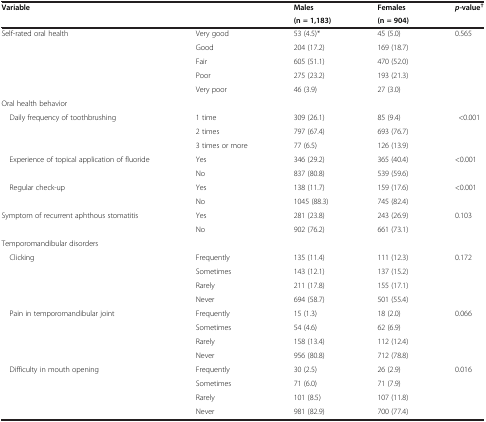
<table><thead><tr><td><b>Variable</b></td><td>[EMPTY_CELL]</td><td><b>Males</b></td><td><b>Females</b></td><td><b><i>p-</i>value<sup>†</sup></b></td></tr><tr><td>[EMPTY_CELL]</td><td>[EMPTY_CELL]</td><td><b>(n = 1,183)</b></td><td><b>(n = 904)</b></td><td>[EMPTY_CELL]</td></tr></thead><tbody><tr><td>Self-rated oral health</td><td>Very good</td><td>53 (4.5)*</td><td>45 (5.0)</td><td>0.565</td></tr><tr><td>[EMPTY_CELL]</td><td>Good</td><td>204 (17.2)</td><td>169 (18.7)</td><td>[EMPTY_CELL]</td></tr><tr><td>[EMPTY_CELL]</td><td>Fair</td><td>605 (51.1)</td><td>470 (52.0)</td><td>[EMPTY_CELL]</td></tr><tr><td>[EMPTY_CELL]</td><td>Poor</td><td>275 (23.2)</td><td>193 (21.3)</td><td>[EMPTY_CELL]</td></tr><tr><td>[EMPTY_CELL]</td><td>Very poor</td><td>46 (3.9)</td><td>27 (3.0)</td><td>[EMPTY_CELL]</td></tr><tr><td>Oral health behavior</td><td>[EMPTY_CELL]</td><td>[EMPTY_CELL]</td><td>[EMPTY_CELL]</td><td>[EMPTY_CELL]</td></tr><tr><td> Daily frequency of toothbrushing</td><td>1 time</td><td>309 (26.1)</td><td>85 (9.4)</td><td>&lt;0.001</td></tr><tr><td>[EMPTY_CELL]</td><td>2 times</td><td>797 (67.4)</td><td>693 (76.7)</td><td>[EMPTY_CELL]</td></tr><tr><td>[EMPTY_CELL]</td><td>3 times or more</td><td>77 (6.5)</td><td>126 (13.9)</td><td>[EMPTY_CELL]</td></tr><tr><td> Experience of topical application of fluoride</td><td>Yes</td><td>346 (29.2)</td><td>365 (40.4)</td><td>&lt;0.001</td></tr><tr><td>[EMPTY_CELL]</td><td>No</td><td>837 (80.8)</td><td>539 (59.6)</td><td>[EMPTY_CELL]</td></tr><tr><td> Regular check-up</td><td>Yes</td><td>138 (11.7)</td><td>159 (17.6)</td><td>&lt;0.001</td></tr><tr><td>[EMPTY_CELL]</td><td>No</td><td>1045 (88.3)</td><td>745 (82.4)</td><td>[EMPTY_CELL]</td></tr><tr><td>Symptom of recurrent aphthous stomatitis</td><td>Yes</td><td>281 (23.8)</td><td>243 (26.9)</td><td>0.103</td></tr><tr><td>[EMPTY_CELL]</td><td>No</td><td>902 (76.2)</td><td>661 (73.1)</td><td>[EMPTY_CELL]</td></tr><tr><td>Temporomandibular disorders</td><td>[EMPTY_CELL]</td><td>[EMPTY_CELL]</td><td>[EMPTY_CELL]</td><td>[EMPTY_CELL]</td></tr><tr><td> Clicking</td><td>Frequently</td><td>135 (11.4)</td><td>111 (12.3)</td><td>0.172</td></tr><tr><td>[EMPTY_CELL]</td><td>Sometimes</td><td>143 (12.1)</td><td>137 (15.2)</td><td>[EMPTY_CELL]</td></tr><tr><td>[EMPTY_CELL]</td><td>Rarely</td><td>211 (17.8)</td><td>155 (17.1)</td><td>[EMPTY_CELL]</td></tr><tr><td>[EMPTY_CELL]</td><td>Never</td><td>694 (58.7)</td><td>501 (55.4)</td><td>[EMPTY_CELL]</td></tr><tr><td> Pain in temporomandibular joint</td><td>Frequently</td><td>15 (1.3)</td><td>18 (2.0)</td><td>0.066</td></tr><tr><td>[EMPTY_CELL]</td><td>Sometimes</td><td>54 (4.6)</td><td>62 (6.9)</td><td>[EMPTY_CELL]</td></tr><tr><td>[EMPTY_CELL]</td><td>Rarely</td><td>158 (13.4)</td><td>112 (12.4)</td><td>[EMPTY_CELL]</td></tr><tr><td>[EMPTY_CELL]</td><td>Never</td><td>956 (80.8)</td><td>712 (78.8)</td><td>[EMPTY_CELL]</td></tr><tr><td> Difficulty in mouth opening</td><td>Frequently</td><td>30 (2.5)</td><td>26 (2.9)</td><td>0.016</td></tr><tr><td>[EMPTY_CELL]</td><td>Sometimes</td><td>71 (6.0)</td><td>71 (7.9)</td><td>[EMPTY_CELL]</td></tr><tr><td>[EMPTY_CELL]</td><td>Rarely</td><td>101 (8.5)</td><td>107 (11.8)</td><td>[EMPTY_CELL]</td></tr><tr><td>[EMPTY_CELL]</td><td>Never</td><td>981 (82.9)</td><td>700 (77.4)</td><td>[EMPTY_CELL]</td></tr></tbody></table>